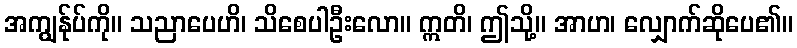
အကျွန်ုပ်ကို။ သညာပေဟိ၊ သိစေပါဦးလော။ ဣတိ၊ ဤသို့။ အာဟ၊ လျှောက်ဆိုပေ၏။